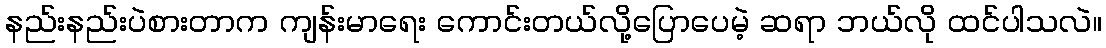
နည်းနည်းပဲစားတာက ကျန်းမာရေး ကောင်းတယ်လို့ပြောပေမဲ့ ဆရာ ဘယ်လို ထင်ပါသလဲ။